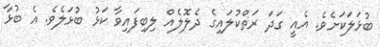
ބުޅަލަކަށެވެ. އެއީ ގަދަ ރަތްކުލައިގެ ދެލޮލެއް ލިބިފައިވާ ކަޅު ބުޅަލެވެ. އެ ބުޅާ